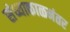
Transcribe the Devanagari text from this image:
संध्याकाळनंतर